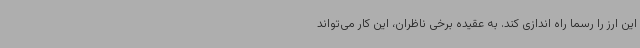
این ارز را رسما راه اندازی کند. به عقیده برخی ناظران، این کار می‌تواند